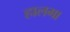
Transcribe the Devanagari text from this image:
हालगा